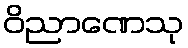
ဝိညာဏေသု